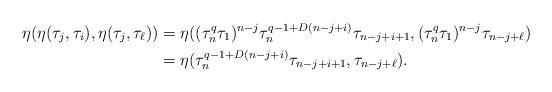
LaTeX: \begin{align*}\eta(\eta(\tau_j, \tau_i),\eta(\tau_j,\tau_\ell))&= \eta((\tau_n^q\tau_1)^{n-j}\tau_n^{q-1+D(n-j+i)} \tau_{{n-j+i+1}},(\tau_n^q\tau_1)^{n-j}\tau_{{n-j+\ell}}) \\ &= \eta(\tau_n^{q-1+D(n-j+i)} \tau_{{n-j+i+1}},\tau_{{n-j+\ell}}).\end{align*}